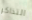
التذاكر